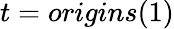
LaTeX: t=origins(1)